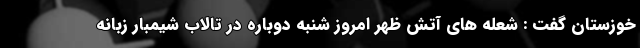
خوزستان گفت : شعله های آتش ظهر امروز شنبه دوباره در تالاب شیمبار زبانه